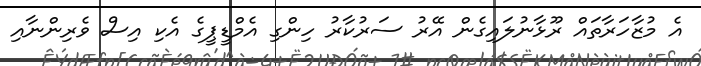
އެ މުޒާހަރާތައް ރޫޅާނުލައިގެން އޭރު ސަރުކާރު ހިންގި އެމްޑީޕީގެ އެކި އިސް ވެރިންނާއި